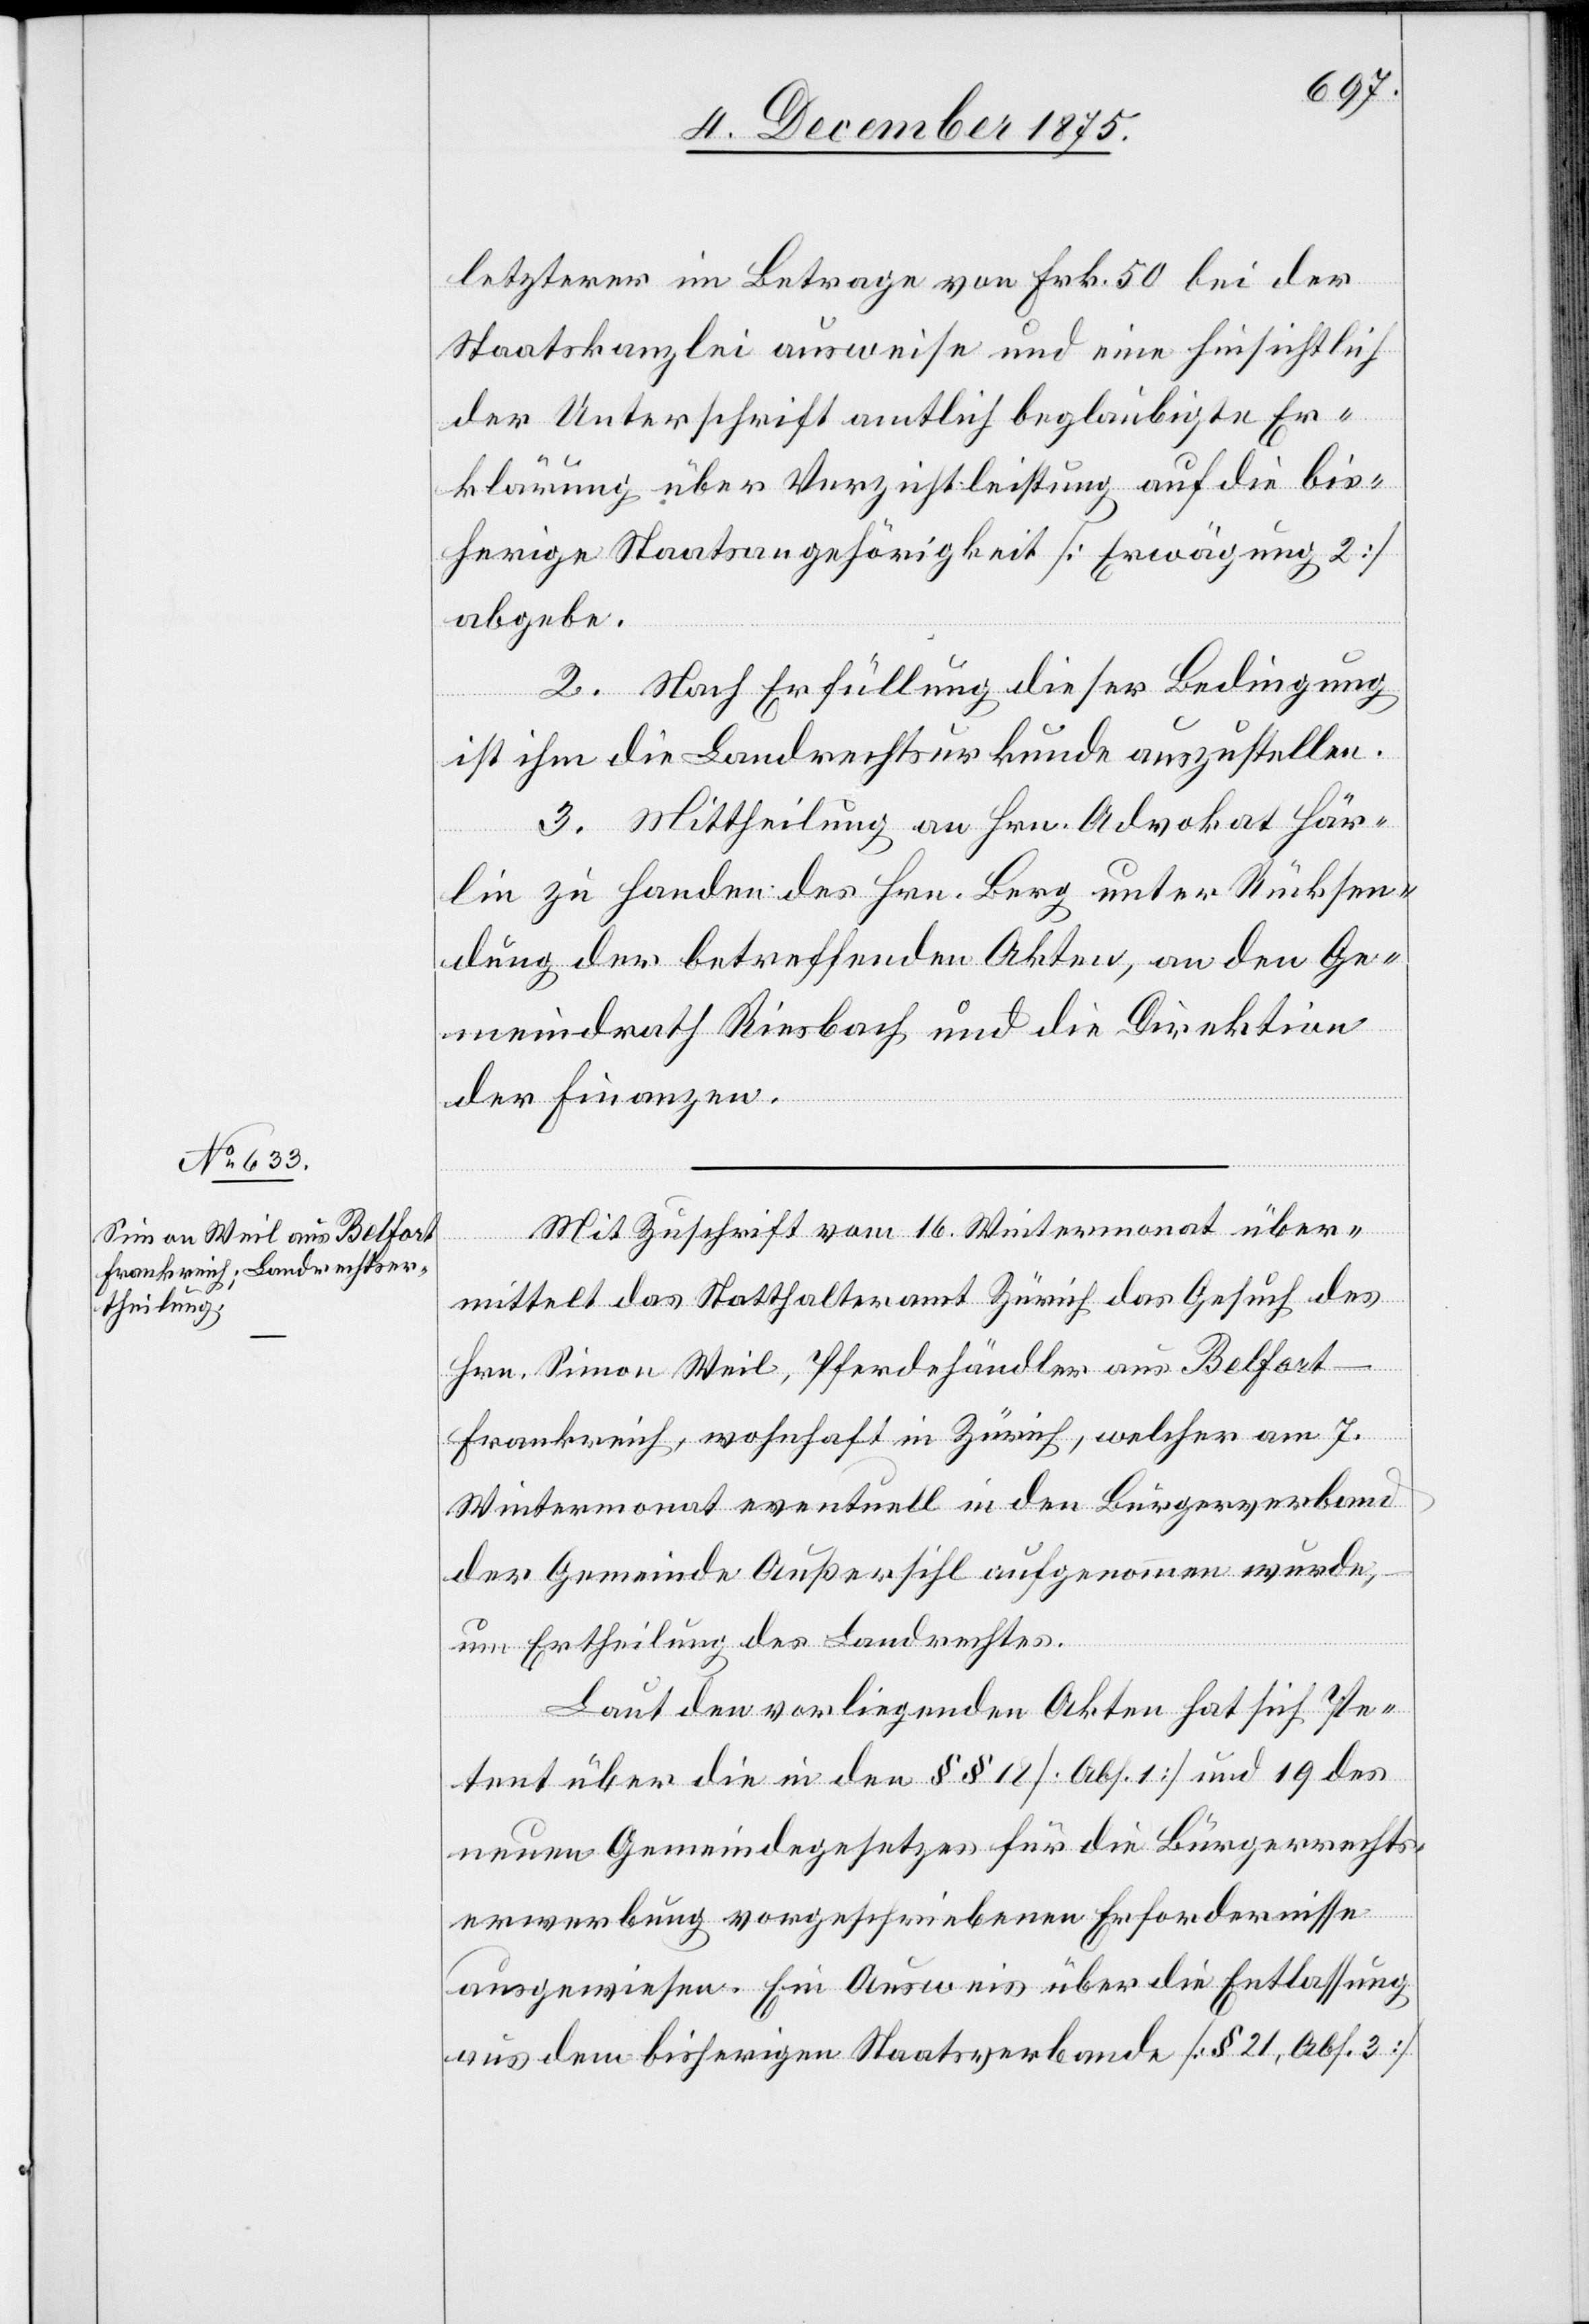
letzterer im Betrage von Frk. 50 bei der
Staatskanzlei ausweise und eine hinsichtlich
der Unterschrift amtlich beglaubigte Er¬
klärung über Verzichtleistung auf die bis¬
herige Staatsangehörigkeit [Erwägung 2]
abgebe.
2. Nach Erfüllung dieser Bedingung
ist ihm die Landrechtsurkunde auszustellen.
3. Mittheilung an Hrn. Advokat Här¬
lin zu Handen des Hrn. Berg unter Rücksen¬
dung der betreffenden Akten, an den Ge¬
meindrath Riesbach und die Direktion
der Finanzen.